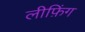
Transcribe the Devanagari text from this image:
लीफ़िंग